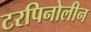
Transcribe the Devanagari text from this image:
टरपिनोलीन